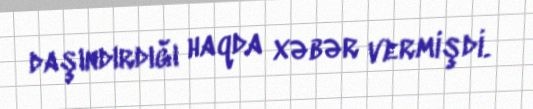
daşındırdığı haqda xəbər vermişdi.